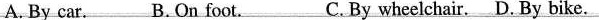
A. By car. B.On foot. C. By wheelchair. D. By bike.